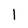
Character: 1